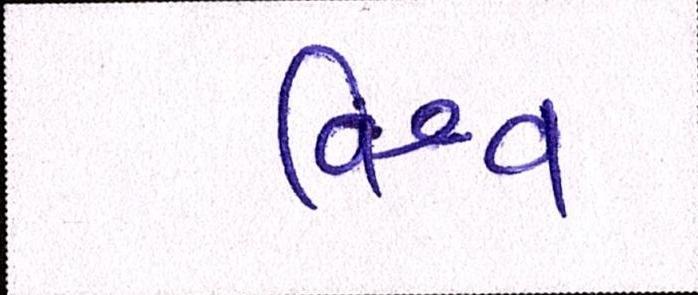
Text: વિશ્વ